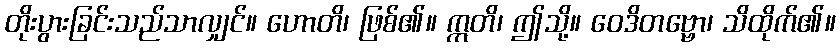
တိုးပွားခြင်းသည်သာလျှင်။ ဟောတိ၊ ဖြစ်၏။ ဣတိ၊ ဤသို့။ ဝေဒိတဗ္ဗော၊ သိထိုက်၏။